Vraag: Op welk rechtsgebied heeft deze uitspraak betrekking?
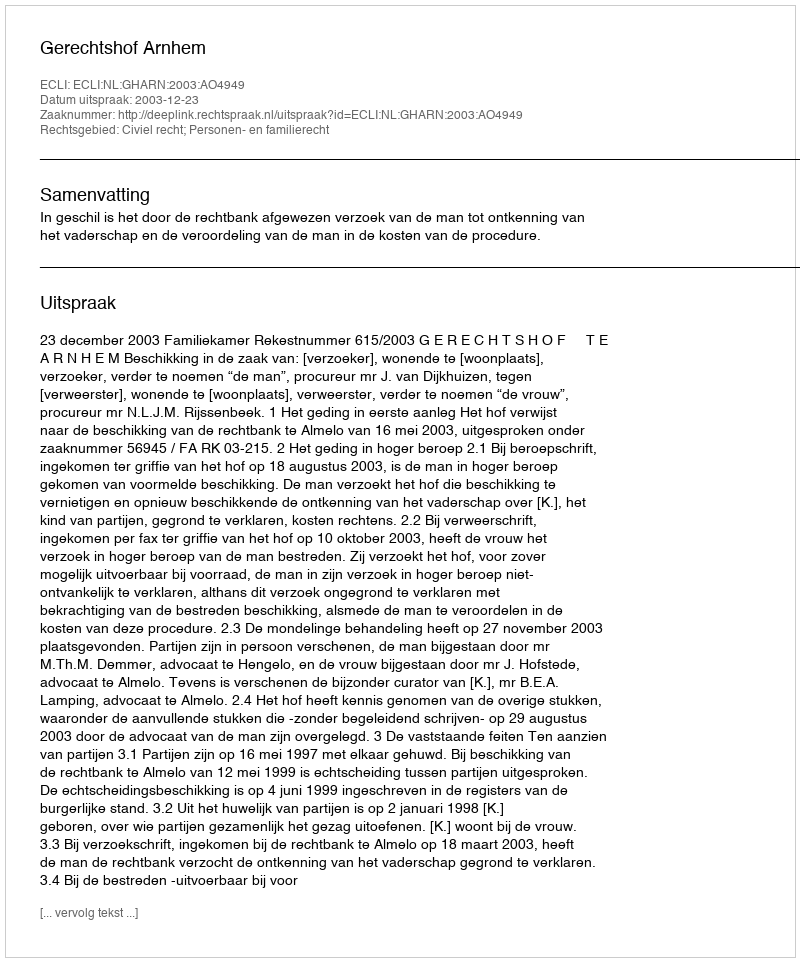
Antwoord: Civiel recht; Personen- en familierecht